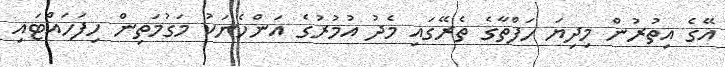
އޭގެ އިތުރުން މިދިޔަ ހަފްތާގެ ތެރޭގައި މެދު އުމުރުގެ އަންހެނަކު މަގުމަތިން ހިފަހައްޓައި